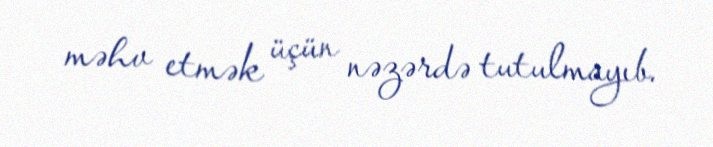
məhv etmək üçün nəzərdə tutulmayıb.